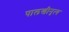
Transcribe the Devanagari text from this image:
पालखीनृत्य